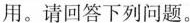
用。请回答下列问题。